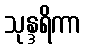
သုန္ဒရိကာ